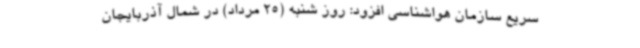
سریع سازمان هواشناسی افزود: روز شنبه (25 مرداد) در شمال آذربایجان